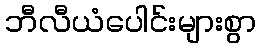
ဘီလီယံပေါင်းများစွာ